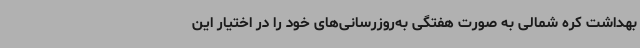
بهداشت کره شمالی به صورت هفتگی به‌روزرسانی‌های خود را در اختیار این